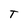
Character: T